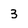
Character: 3